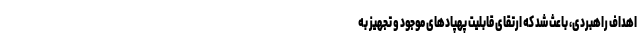
اهداف راهبردی، باعث شد که ارتقای قابلیت پهپاد‌های موجود و تجهیز به